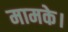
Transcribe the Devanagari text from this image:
मामके।